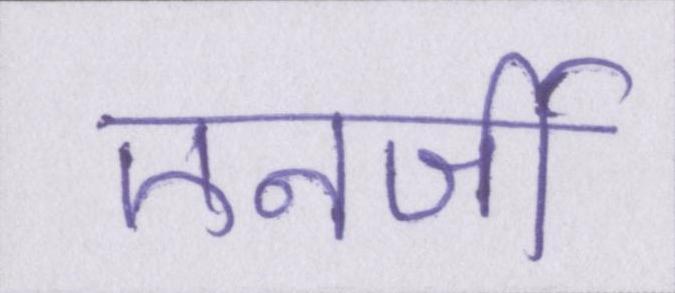
एनर्जी